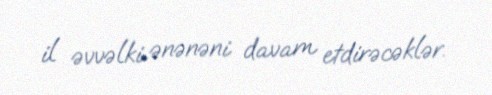
il əvvəlki ənənəni davam etdirəcəklər.